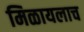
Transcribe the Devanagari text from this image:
मिळायलाच